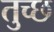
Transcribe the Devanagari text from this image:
तुच्‍छ